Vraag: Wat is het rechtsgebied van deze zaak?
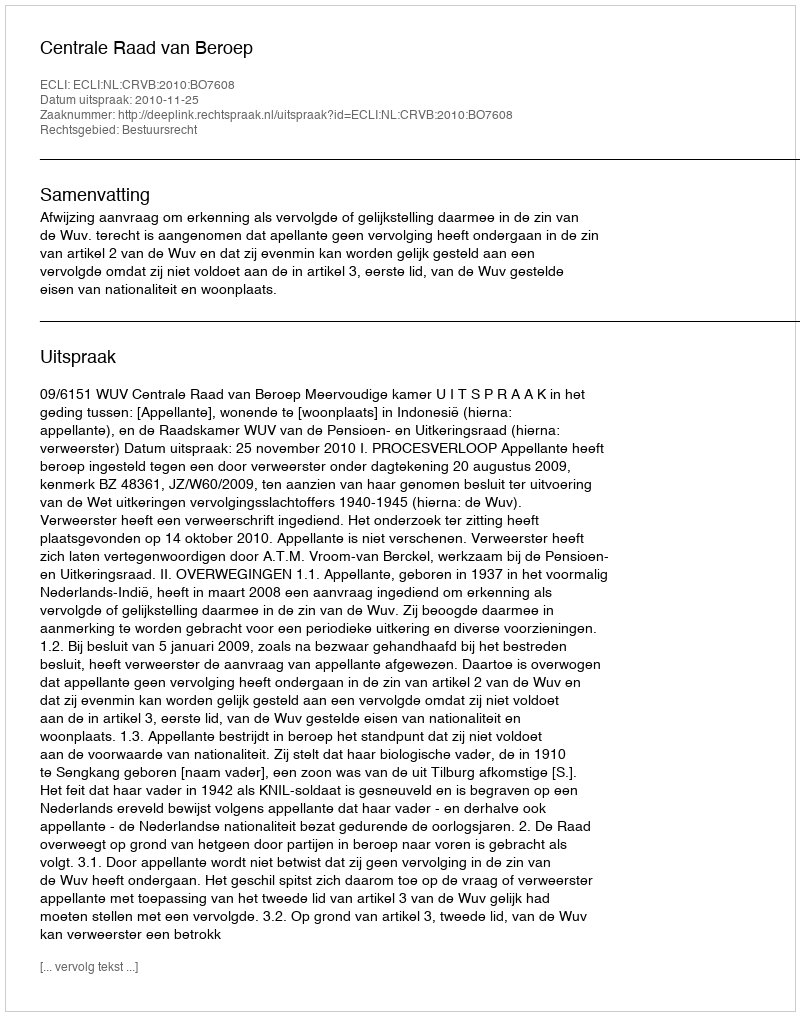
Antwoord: Bestuursrecht